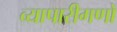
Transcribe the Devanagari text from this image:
व्यापारीगणों